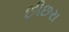
છીછરા